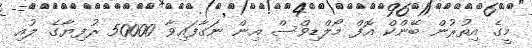
މީގެ އިތުރުން ބޭންކް އޮފް މޯލްޑިވްސް އިން ނަގާފައިވާ 50000 ރުފިޔާގެ ލުއި